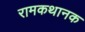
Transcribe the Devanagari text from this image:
रामकथानक